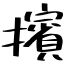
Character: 擯